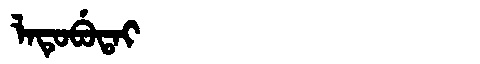
Manchu: ᠯᠠᡨᡠᠪᡠᡨᠠᡳ
Romanization: LATUBUTAI